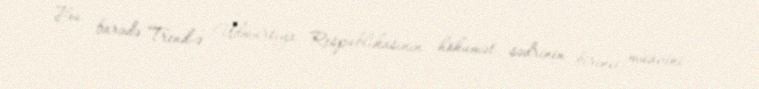
Bu barədə Trend-ə Udmurtiya Respublikasının hökumət sədrinin birinci müavini